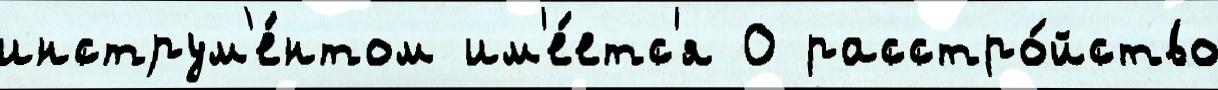
инструм'е́нтом им'е́етс'я 0 расстро́йство